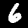
Digit: 6